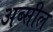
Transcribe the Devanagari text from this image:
अब्सील